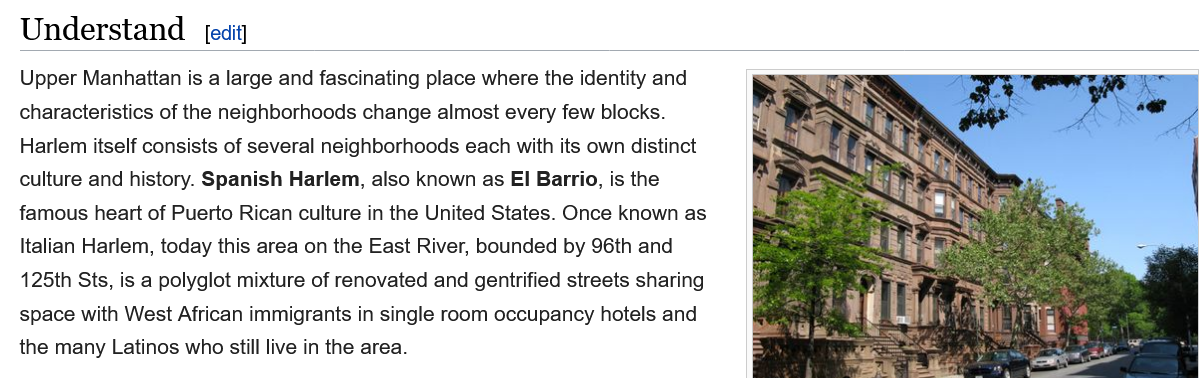
Understand    edit]
   Upper Manhattan is a large and fascinating place where the identity and
  characteristics of the neighborhoods change almost every few blocks.
   Harlem itself consists of several neighborhoods each with its own distinct
  culture and history. Spanish Harlem, also known as El Barrio, is the
  famous heart of Puerto Rican culture in the United States. Once known as
   Italian Harlem, today this area on the East River, bounded by 96th and
   125th Sts, is a polyglot mixture of renovated and gentrified streets sharing
  space with West African immigrants in single room occupancy hotels and
  the many Latinos who still live in the area.